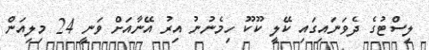
ލިސްޓުގެ ދެވަނައިގައި ކޭލީ ކޫކޫ ހިމެނުނު އިރު އޭނާއަށް ވަނީ 24 މިލިއަން